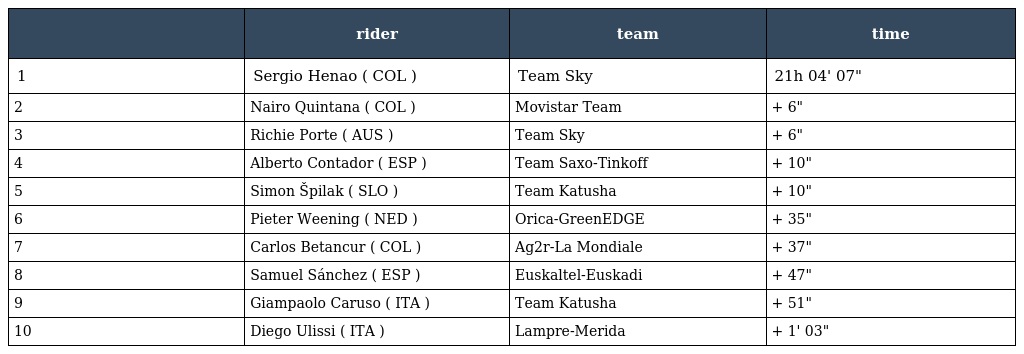
|  | rider | team | time |
 | --- | --- | --- | --- |
 | 1 | Sergio Henao ( COL ) | Team Sky | 21h 04' 07" |
 | 2 | Nairo Quintana ( COL ) | Movistar Team | + 6" |
 | 3 | Richie Porte ( AUS ) | Team Sky | + 6" |
 | 4 | Alberto Contador ( ESP ) | Team Saxo-Tinkoff | + 10" |
 | 5 | Simon Špilak ( SLO ) | Team Katusha | + 10" |
 | 6 | Pieter Weening ( NED ) | Orica-GreenEDGE | + 35" |
 | 7 | Carlos Betancur ( COL ) | Ag2r-La Mondiale | + 37" |
 | 8 | Samuel Sánchez ( ESP ) | Euskaltel-Euskadi | + 47" |
 | 9 | Giampaolo Caruso ( ITA ) | Team Katusha | + 51" |
 | 10 | Diego Ulissi ( ITA ) | Lampre-Merida | + 1' 03" |